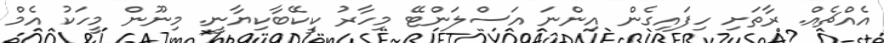
އެއްޗެއް. ރާތަށި ހިފައިގެން އިންނަ އަސްލަންޓޭ މިހާރު ކީކޭބާކިޔާނީ. މިނޫން މީހަކު އެމް